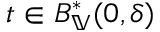
t \in B _ { \mathbb { V } } ^ { * } ( 0 , \delta )